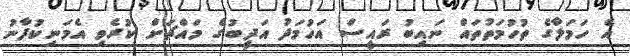
އެ ހަމަލާގެ ތުހުމަތުތައް ނައިބު ރައީސް އަހުމަދު އަދީބުގެ މައްޗަށް ކުރެވި އެމަނިކުފާނު